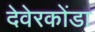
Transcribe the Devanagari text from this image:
देवेरकोंडा